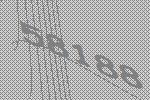
58188